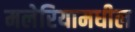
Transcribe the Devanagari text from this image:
मलेरियामधील